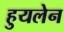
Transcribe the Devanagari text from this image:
हुयलेन